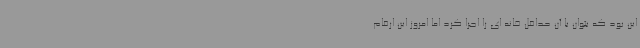
این بود که بتوان با آن حداقل خانه ای را اجرا کرد اما امروز این ارقام